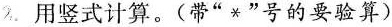
2. 用竖式计算。(带”*”号的要验算)